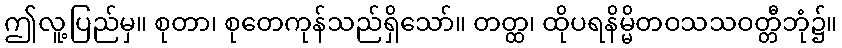
ဤလူ့ပြည်မှ။ စုတာ၊ စုတေကုန်သည်ရှိသော်။ တတ္ထ၊ ထိုပရနိမ္မိတဝသသဝတ္တီဘုံ၌။